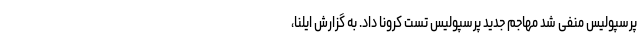
پرسپولیس منفی شد مهاجم جدید پرسپولیس تست کرونا داد. به گزارش ایلنا،